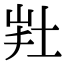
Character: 𡊽